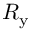
R _ { \mathrm { y } }